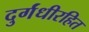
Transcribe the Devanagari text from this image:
दुर्गंधीरहित